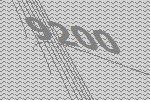
9200